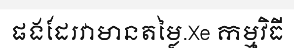
ផងដែរវាមានតម្លៃ.Xe កម្មវិធី